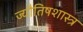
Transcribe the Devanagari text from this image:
ज्यौतिषशास्त्र